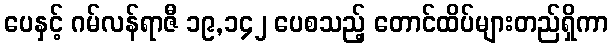
ပေနှင့် ဂမ်လန်ရာဇီ ၁၉,၁၄၂ ပေစသည့် တောင်ထိပ်များတည်ရှိကာ